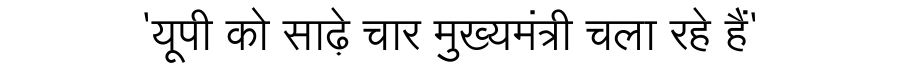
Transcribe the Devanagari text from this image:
'यूपी को साढ़े चार मुख्यमंत्री चला रहे हैं'